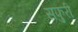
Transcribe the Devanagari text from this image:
सफुरी